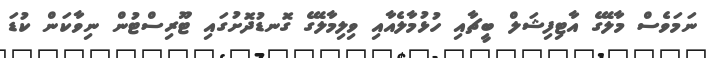
ނަމަވެސް މާލޭގެ އާޓިފިޝަލް ބީޗާއި ހުޅުމާލެއާއި ވިލިމާލޭގެ ގޮނޑުދޮށުގައި ޓޫރިސްޓުން ނިވާކަން ކުޑަ